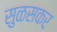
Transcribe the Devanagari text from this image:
सुळसकर